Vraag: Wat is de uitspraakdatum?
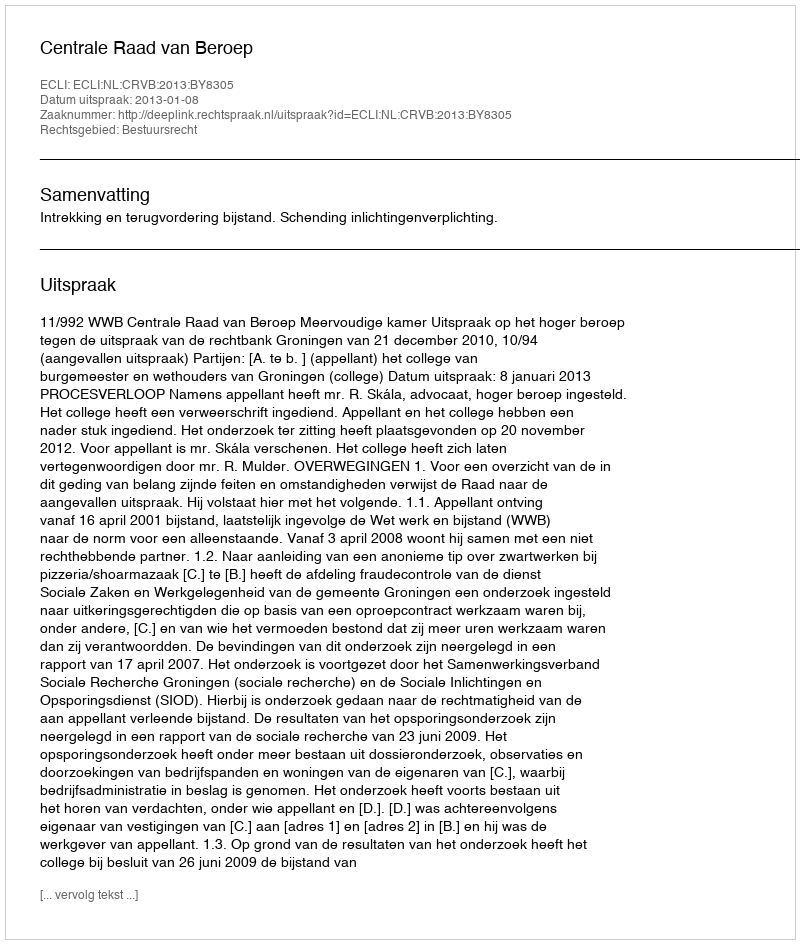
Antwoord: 2013-01-08